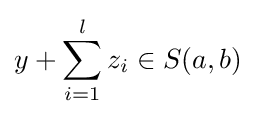
y+\sum _{i=1}^{l}z_{i}\in S(a,b)